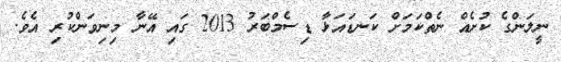
ނީލަންގެ ކުށެއް ނެތްކަމަށް ކަނޑައަޅާ ޑިސެމްބަރު 2013 ގައި އޭނާ މިނިވަންކުރި އެވެ.